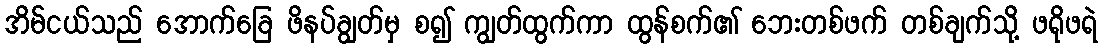
အိမ်ငယ်သည် အောက်ခြေ ဖိနပ်ချွတ်မှ စ၍ ကျွတ်ထွက်ကာ ထွန်စက်၏ ဘေးတစ်ဖက် တစ်ချက်သို့ ဖရိုဖရဲ